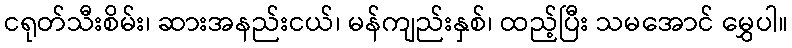
ငရုတ်သီးစိမ်း၊ ဆားအနည်းငယ်၊ မန်ကျည်းနှစ်၊ ထည့်ပြီး သမအောင် မွှေပါ။